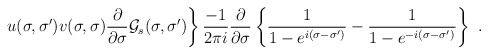
\begin{align*}\left. u(\sigma ,\sigma ^{\prime})v(\sigma ,\sigma )\frac{\partial }{\partial \sigma }{\cal G}_s(\sigma,\sigma ^{\prime })\right\} \frac{-1}{2\pi i}\frac{\partial }{\partial \sigma }\left\{\frac 1{1-e^{i(\sigma -\sigma ^{\prime })}}-\frac 1{1-e^{-i(\sigma -\sigma ^{\prime })}} \right\}\,\, .\end{align*}